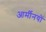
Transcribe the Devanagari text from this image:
आर्मीनयों